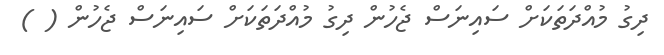
ދިގު މުއްދަތަކަށް ސައިނަސް ޖެހުން ދިގު މުއްދަތަކަށް ސައިނަސް ޖެހުން ( )